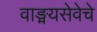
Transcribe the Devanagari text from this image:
वाङ्मयसेवेचे